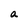
Character: a